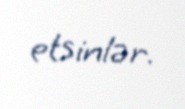
etsinlər.